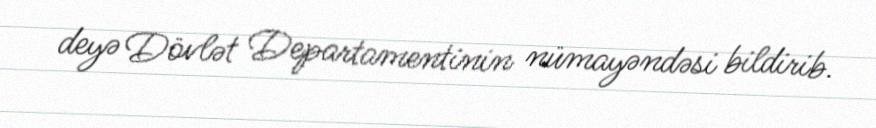
deyə Dövlət Departamentinin nümayəndəsi bildirib.